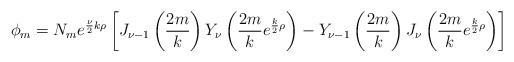
LaTeX: \begin{align*}\phi_m=N_m e^{{\nu \over 2}k \rho}\left[J_{\nu-1}\left({2m \over k}\right)Y_{\nu}\left({2m \over k}e^{{k \over 2} \rho}\right)-Y_{\nu-1}\left({2m \over k}\right)J_{\nu}\left({2m \over k}e^{{k \over 2} \rho}\right)\right]\end{align*}